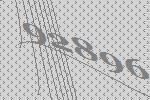
92896